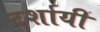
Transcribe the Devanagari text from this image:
दर्शायीं